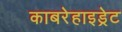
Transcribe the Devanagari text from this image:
काबरेहाइड्रेट